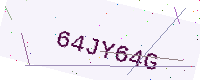
Text: 64JY64G